Vaccination in the Punjab 1867-1880 - 1867-1880
Year: 1867
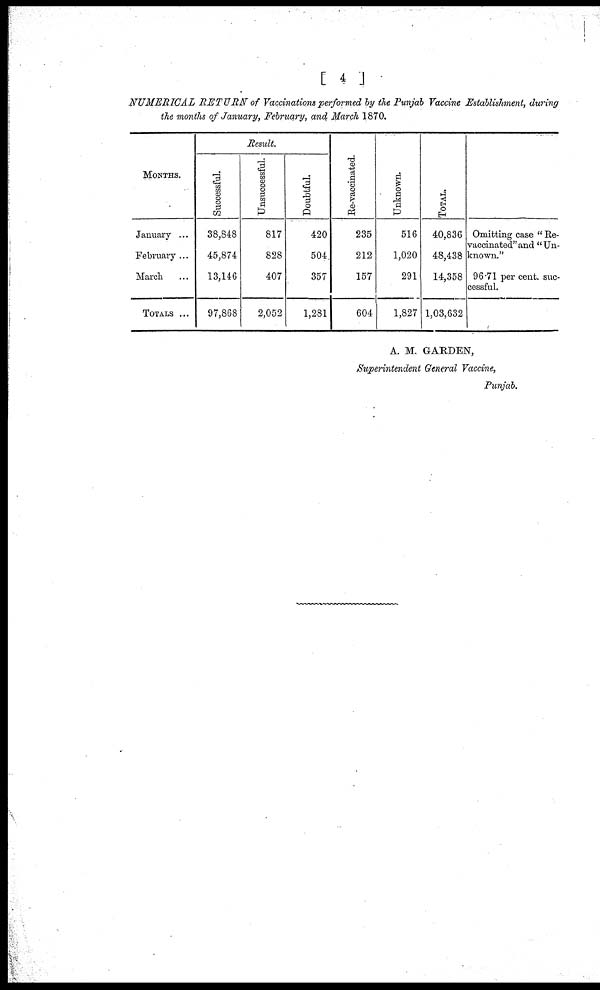
[ 4 ]
NUMERICAL RETURN of Vaccinations performed by the Punjab Vaccine Establishment, during
the months of January, February, and March 1870.
MONTHS.
January ...
February ...
March ...
TOTALS ...
Result.
Successful.
38,848
45,874
13,146
97,868
Unsuccessful.
817
828
407
2,052
Doubtful.
420
504
357
1,281
Re-vaccinated.
235
212
157
604
Unknown.
516
1,020
291
1,827
TOTAL.
40,836
48,438
14,358
1,03,632
Omitting case " Re-
vaccinated" and "Un-
known."
96.71 per cent. suc-
cessful.
A. M. GARDEN,
Superintendent General Vaccine,
Punjab.